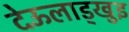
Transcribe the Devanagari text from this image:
देऊलाड्खुइ